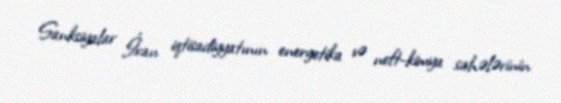
Sanksiyalar İran iqtisadiyyatının energetika və neft-kimya sahələrinin